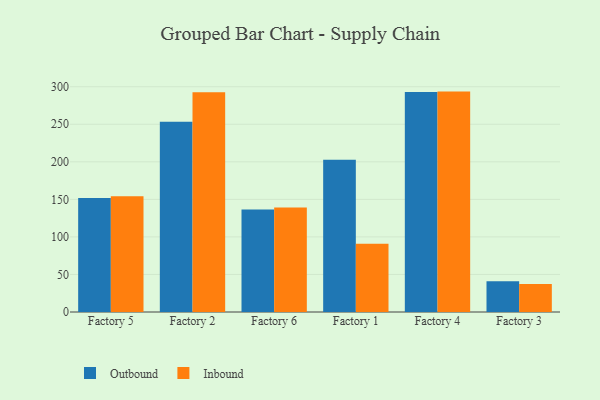
{"axis": {"x": "Factory", "y": "Operating Costs (USD K)"}, "legend": ["Inbound", "Outbound"], "data": [{"x": "Factory 5", "y": 151.8, "type": "Outbound"}, {"x": "Factory 5", "y": 154.3, "type": "Inbound"}, {"x": "Factory 2", "y": 253.3, "type": "Outbound"}, {"x": "Factory 2", "y": 292.5, "type": "Inbound"}, {"x": "Factory 6", "y": 136.4, "type": "Outbound"}, {"x": "Factory 6", "y": 139.0, "type": "Inbound"}, {"x": "Factory 1", "y": 202.8, "type": "Outbound"}, {"x": "Factory 1", "y": 91.0, "type": "Inbound"}, {"x": "Factory 4", "y": 293.1, "type": "Outbound"}, {"x": "Factory 4", "y": 293.5, "type": "Inbound"}, {"x": "Factory 3", "y": 41.1, "type": "Outbound"}, {"x": "Factory 3", "y": 37.3, "type": "Inbound"}]}